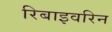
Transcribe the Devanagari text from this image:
रिबाइवरिन